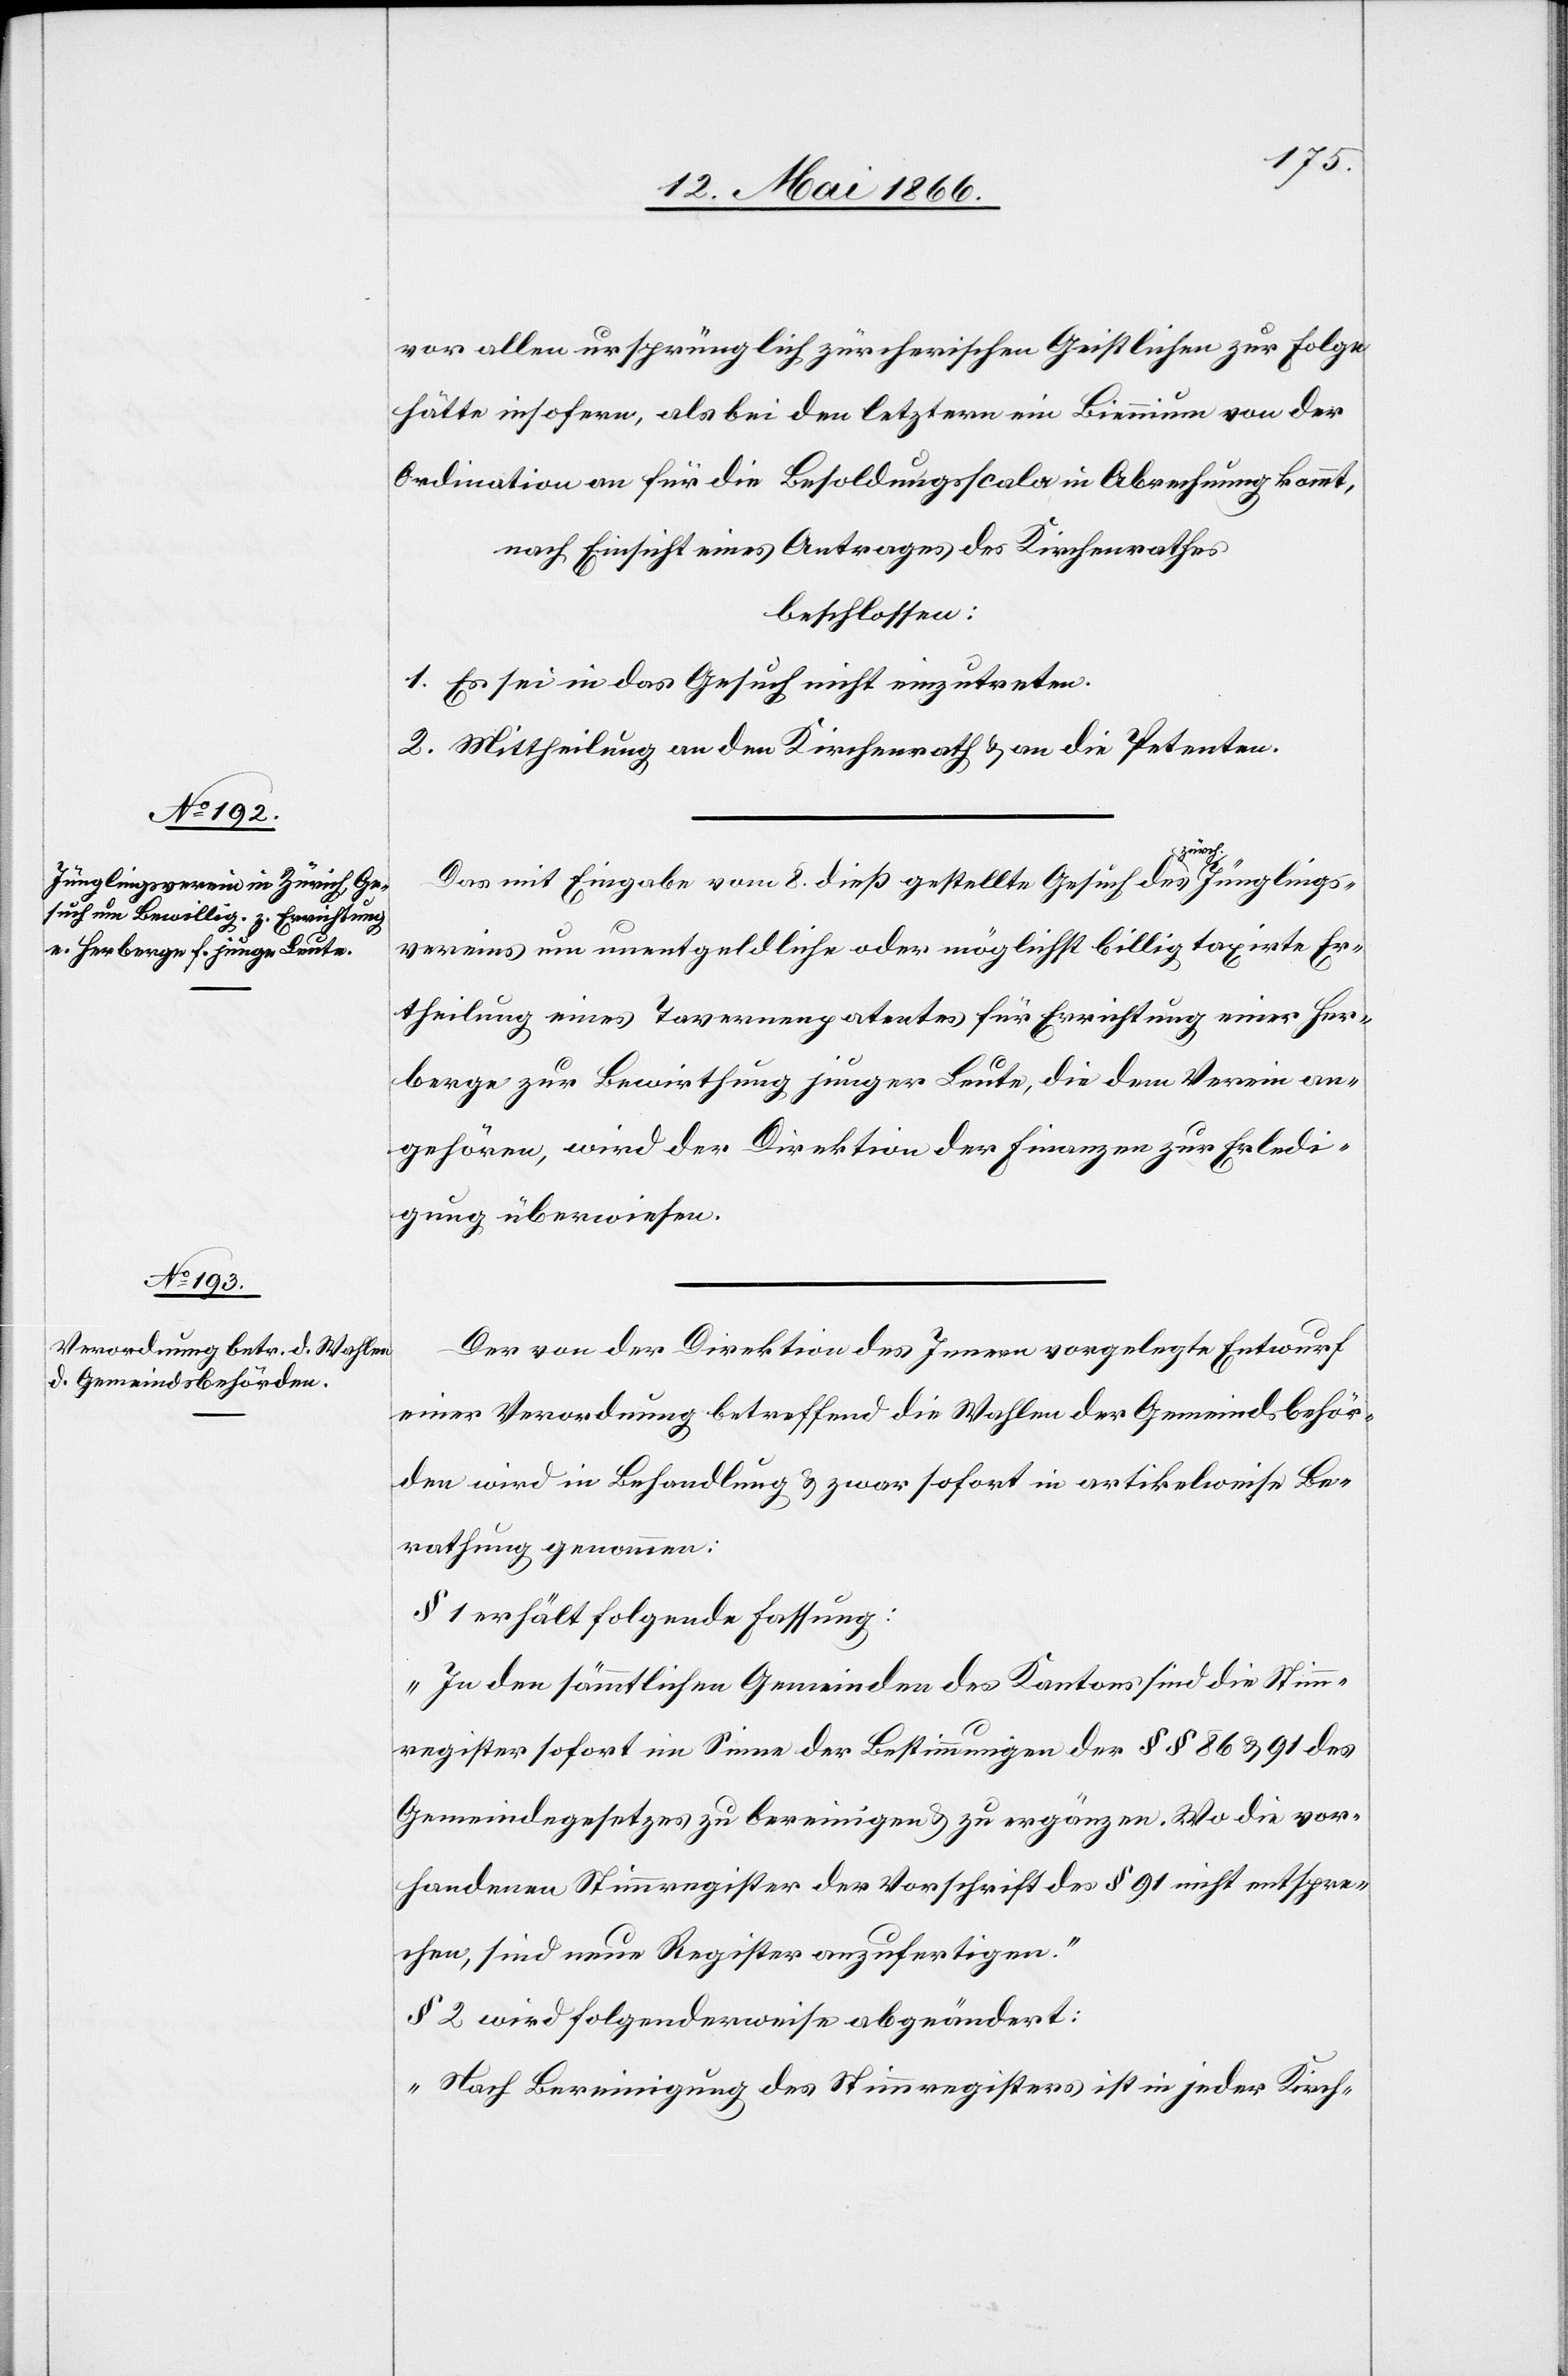
vor allen ursprünglich zürcherischen Geistlichen zur Folgen
hätte insofern, als bei den letztern ein Biennium von der
Ordination an für die Besoldungsscala in Abrechnung kommt,
nach Einsicht eines Antrages des Kirchenrathes,
beschlossen:
1. Es sei in das Gesuch nicht einzutreten.
2. Mittheilung an den Kirchenrath u. an die Petenten.
Das mit Eingabe vom 8. dieß gestellte Gesuch des zürch. Jünglings¬
vereins um unentgeldliche oder möglichst billig taxirte Er¬
theilung eines Tavernenpatentes für Errichtung einer Her¬
berge zur Bewirthung junger Leute, die dem Verein an¬
gehören, wird der Direktion der Finanzen zur Erledi¬
gung überwiesen.
Der von der Direktion des Innern vorgelegte Entwurf
einer Verordnung betreffend die Wahlen der Gemeindsbehör¬
den wird in Behandlung u. zwar sofort in artikelweise Be¬
rathung genommen:
§ 1 erhält folgende Fassung:
„In den sämmtlichen Gemeinden des Kantons sind die Stimm¬
register sofort im Sinne der Bestimmungen der § § 86 u. 91 des
Gemeindegesetzes zu bereinigen u. zu ergänzen. Wo die vor¬
handenen Stimmregister der Vorschrift des § 91 nicht entspre¬
chen, sind neue Register anzufertigen.
§ 2 wird folgenderweise abgeändert:
„Nach Bereinigung des Stimmregisters ist in jeder Kirch-[,]